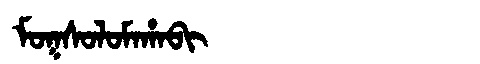
Manchu: ᠮᠣᡴᠰᠣᠯᠣᠮᠠᡥᠠᠪᡳ
Romanization: MOKSOLOMAHABI